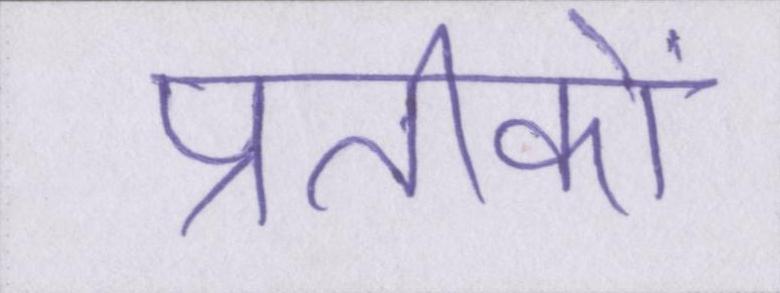
प्रतीकों